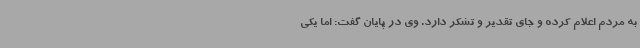
به مردم اعلام کرده و جای تقدیر و تشکر دارد. وی در پایان گفت: اما یکی